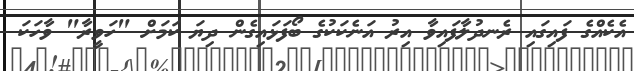
އެކެއްގެ ފައިގައި ރެނދުލާފައިވާ އިރު އަނެކަކުގެ ބޯފަޅައިގެން ދިޔަ ކަމަށް "ހަވީރާ" ވާހަކަ